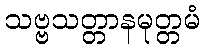
သဗ္ဗသတ္တာနမုတ္တမံ